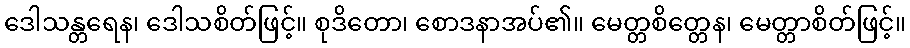
ဒေါသန္တရေန၊ ဒေါသစိတ်ဖြင့်။ စုဒိတော၊ စောဒနာအပ်၏။ မေတ္တစိတ္တေန၊ မေတ္တာစိတ်ဖြင့်။